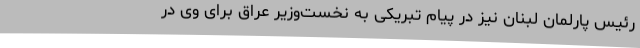
رئیس پارلمان لبنان نیز در پیام تبریکی به نخست‌وزیر عراق برای وی در